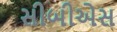
સીબીએસ